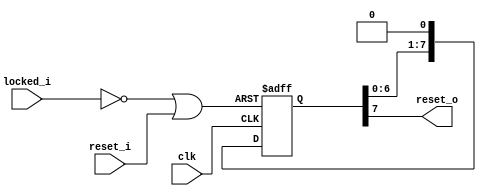
//                              -*- Mode: Verilog -*-
// Description     : 
// Author          : 
// Last Modified By: 
// Update Count    : 0
// Status          : Unknown, Use with caution!

module RSTGEN (/*AUTOARG*/
   // Outputs
   reset_o,
   // Inputs
   clk, locked_i, reset_i
   ) ;
   input clk;
   input locked_i; //--
   input reset_i; //--
   output reset_o;  //-- 

   reg [7:0] sft;
   wire      rst_root = (~locked_i | reset_i);
 
   always @(posedge clk, posedge rst_root) begin
      if (rst_root) sft <= 8'hFF;
      else          sft <= {sft[6:0], 1'b0};
   end
   assign reset_o = sft[7];
endmodule // RSTGEN